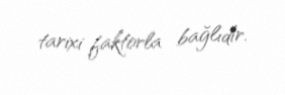
tarixi faktorla bağlıdır.